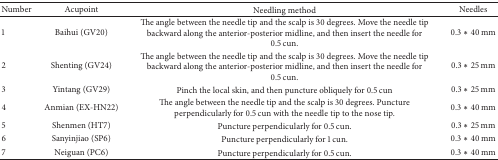
<table><thead><tr><td><b>Number</b></td><td><b>Acupoint</b></td><td><b>Needling method</b></td><td><b>Needles</b></td></tr></thead><tbody><tr><td>1</td><td>Baihui (GV20)</td><td>The angle between the needle tip and the scalp is 30 degrees. Move the needle tip backward along the anterior-posterior midline, and then insert the needle for 0.5 cun.</td><td>0.3 <i>∗</i> 40 mm</td></tr><tr><td>2</td><td>Shenting (GV24)</td><td>The angle between the needle tip and the scalp is 30 degrees. Move the needle tip backward along the anterior-posterior midline, and then insert the needle for 0.5 cun.</td><td>0.3 <i>∗</i> 25 mm</td></tr><tr><td>3</td><td>Yintang (GV29)</td><td>Pinch the local skin, and then puncture obliquely for 0.5 cun</td><td>0.3 <i>∗</i> 25 mm</td></tr><tr><td>4</td><td>Anmian (EX-HN22)</td><td>The angle between the needle tip and the scalp is 30 degrees. Puncture perpendicularly for 0.5 cun with the needle tip to the nose tip.</td><td>0.3 <i>∗</i> 40 mm</td></tr><tr><td>5</td><td>Shenmen (HT7)</td><td>Puncture perpendicularly for 0.5 cun.</td><td>0.3 <i>∗</i> 25 mm</td></tr><tr><td>6</td><td>Sanyinjiao (SP6)</td><td>Puncture perpendicularly for 1 cun.</td><td>0.3 <i>∗</i> 40 mm</td></tr><tr><td>7</td><td>Neiguan (PC6)</td><td>Puncture perpendicularly for 0.5 cun.</td><td>0.3 <i>∗</i> 40 mm</td></tr></tbody></table>